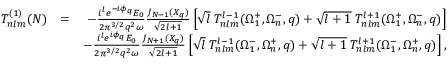
\begin{array} { r l r } { T _ { n l m } ^ { ( 1 ) } ( N ) } & { = } & { - \frac { i ^ { l } e ^ { - i \phi _ { q } } { \cal E } _ { 0 } } { 2 { \pi } ^ { 3 / 2 } q ^ { 2 } \omega } \frac { J _ { N - 1 } ( X _ { q } ) } { \sqrt { 2 l + 1 } } \left[ \sqrt { l } \; { \cal T } _ { n l m } ^ { l - 1 } ( \Omega _ { 1 } ^ { + } , \Omega _ { n } ^ { - } , q ) + \sqrt { l + 1 } \; { \cal T } _ { n l m } ^ { l + 1 } ( \Omega _ { 1 } ^ { + } , \Omega _ { n } ^ { - } , q ) \right] } \\ & { } & { - \frac { i ^ { l } e ^ { i \phi _ { q } } { \cal E } _ { 0 } } { 2 { \pi } ^ { 3 / 2 } q ^ { 2 } \omega } \frac { J _ { N + 1 } ( X _ { q } ) } { \sqrt { 2 l + 1 } } \left[ \sqrt { l } \; { \cal T } _ { n l m } ^ { l - 1 } ( \Omega _ { 1 } ^ { - } , \Omega _ { n } ^ { + } , q ) + \sqrt { l + 1 } \; { \cal T } _ { n l m } ^ { l + 1 } ( \Omega _ { 1 } ^ { - } , \Omega _ { n } ^ { + } , q ) \right] , } \end{array}